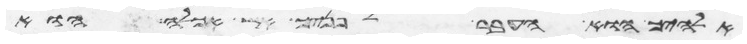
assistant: אלהיך הוא העבר לפניך אש אכלה הוא